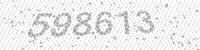
Solution: 598613